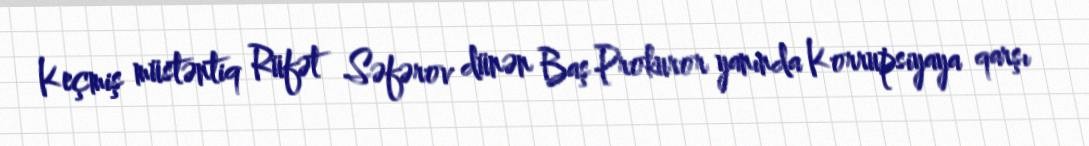
Keçmiş müstəntiq Rüfət Səfərov dünən Baş Prokuror yanında Korrupsiyaya qarşı